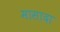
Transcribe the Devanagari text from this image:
मासादा